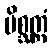
မိစ္ဆတ္တံ